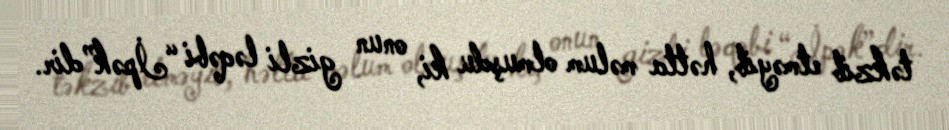
təkzib etməyib, hətta məlum olmuşdu ki, onun gizli ləqəbi “İpək”dir.